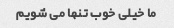
ما خیلی خوب تنها می شویم